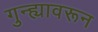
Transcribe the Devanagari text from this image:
गुन्ह्यावरून